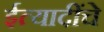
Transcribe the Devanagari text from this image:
ईत्यादींचे